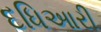
દધિઆરી